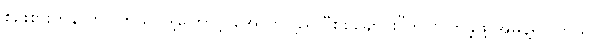
စဉ်းစားဟန် တူပါတယ်၊ ဒါ့ကြောင့် အောက်ပြည် “စစ်ချောင်း”ကို လိုက်ခဲ့ဖို့ အမိန့်ရှိပါတယ်၊